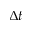
\Delta t